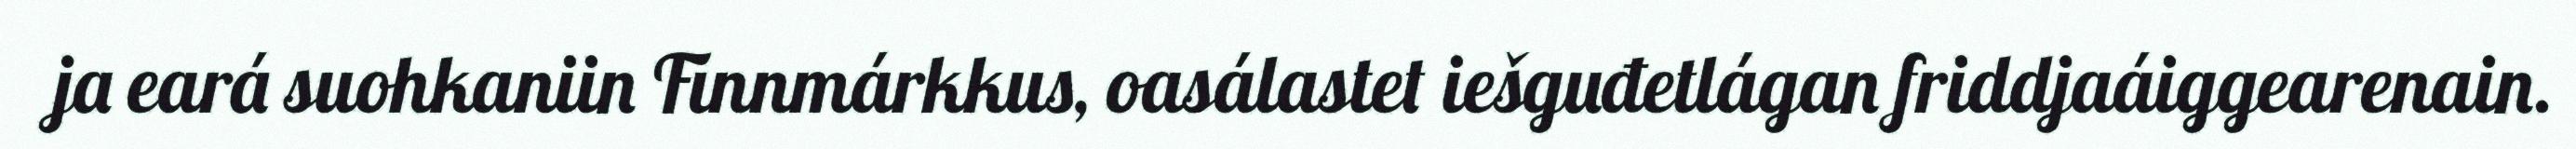
ja eará suohkaniin Finnmárkkus, oasálastet iešguđetlágan friddjaáiggearenain.